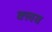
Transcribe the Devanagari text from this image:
क्‍लव